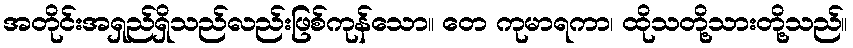
အတိုင်းအရှည်ရှိသည်လည်းဖြစ်ကုန်သော။ တေ ကုမာရကာ၊ ထိုသတို့သားတို့သည်။